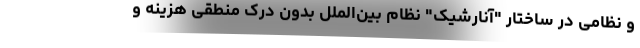
و نظامی در ساختار "آنارشیک" نظام بین‌الملل بدون درک منطقی هزینه و